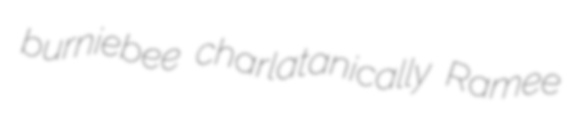
burniebee charlatanically Ramee